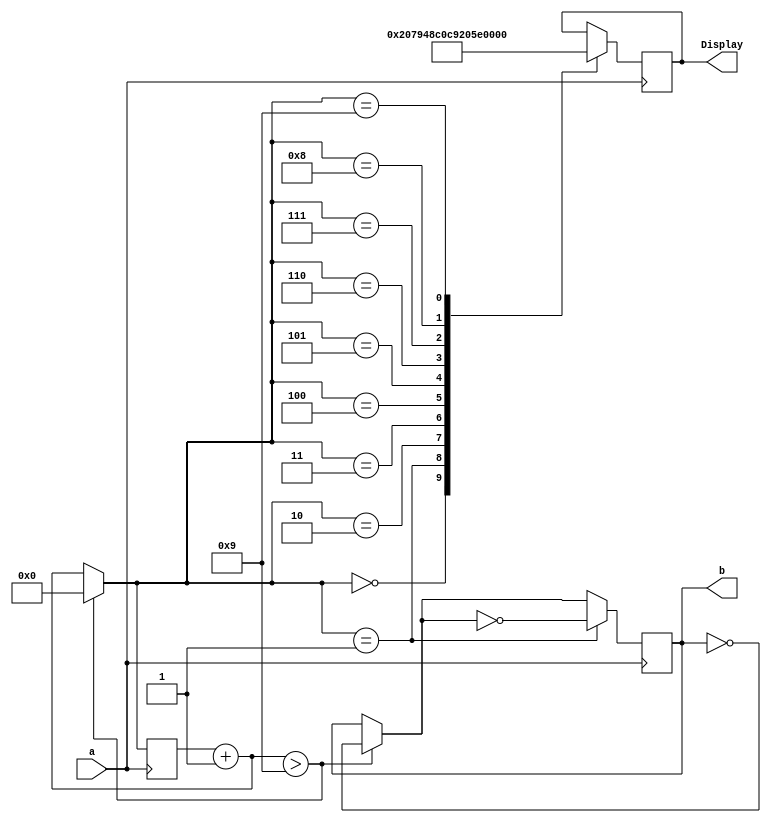
//Units program 

module units (input a, output reg [6:0] Display, output reg b);
reg [3:0] conta;

always @(negedge a)
begin
	conta=conta+1;
	if (conta>9)
	begin
		conta=0;
		b=~b;
	end
	case (conta)
	4'b0000:
	begin
		Display=7'b1000000;
	end
	4'b0001:
	begin
		Display=7'b1111001;
		b=~b;
	end
	4'b0010:
	begin
		Display=7'b0100100;
	end
	4'b0011:
	begin
		Display=7'b0110000;
	end
	4'b0100:
	begin
		Display=7'b0011001;
	end
	4'b0101:
	begin
		Display=7'b0010010;
	end
	4'b0110:
	begin
		Display=7'b0000010;
	end
	4'b0111:
	begin
		Display=7'b1111000;
	end
	4'b1000:
	begin
		Display=7'b0000000;
	end
	4'b1001:
	begin
		Display=7'b0010000;
	end
	endcase
	
end
endmodule